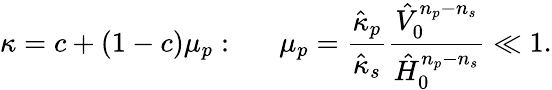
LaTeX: \kappa=c+(1-c)\mu_{p}:~~~~~~\mu_{p}=\frac{\hat{\kappa}_{p}}{\hat{\kappa}_{s}}\frac{\hat{V}_{0}^{n_{p}-n_{s}}}{\hat{H}_{0}^{n_{p}-n_{s}}}\ll 1.